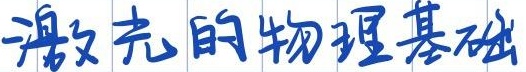
激光的物理基础